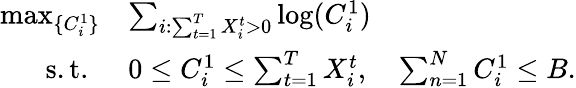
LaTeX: \begin{array}{rl}{\operatorname*{max}_{\{ C_{i}^{1}\} }}&{\sum_{i:\sum_{t=1}^{T}X_{i}^{t}>0}\log(C_{i}^{1})}\\ {\mathrm{s.t.~}}&{0\leq C_{i}^{1}\leq\sum_{t=1}^{T}X_{i}^{t},\quad\sum_{n=1}^{N}C_{i}^{1}\leq B.}\end{array}